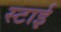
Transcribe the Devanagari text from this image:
स्टाई